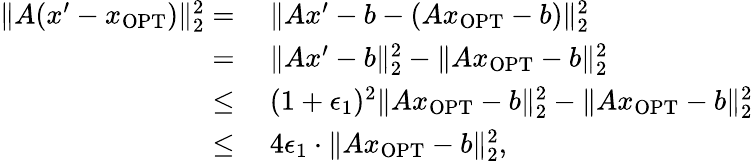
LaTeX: \begin{array}{rl}{\| A(x^{\prime}-x_{\mathrm{OPT}})\| _{2}^{2}=}&{~\| Ax^{\prime}-b-(Ax_{\mathrm{OPT}}-b)\| _{2}^{2}}\\ {=}&{~\| Ax^{\prime}-b\| _{2}^{2}-\| Ax_{\mathrm{OPT}}-b\| _{2}^{2}}\\ {\leq}&{~(1+\epsilon_{1})^{2}\| Ax_{\mathrm{OPT}}-b\| _{2}^{2}-\| Ax_{\mathrm{OPT}}-b\| _{2}^{2}}\\ {\leq}&{~4\epsilon_{1}\cdot\| Ax_{\mathrm{OPT}}-b\| _{2}^{2},}\end{array}